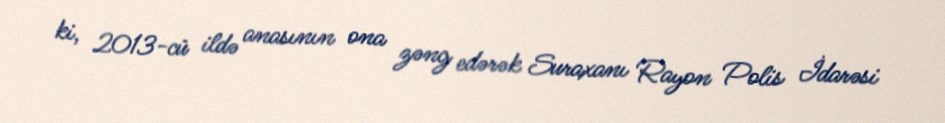
ki, 2013-cü ildə anasının ona zəng edərək Suraxanı Rayon Polis İdarəsi